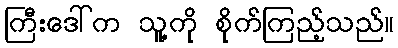
ကြီးဒေါ်က သူ့ကို စိုက်ကြည့်သည်။